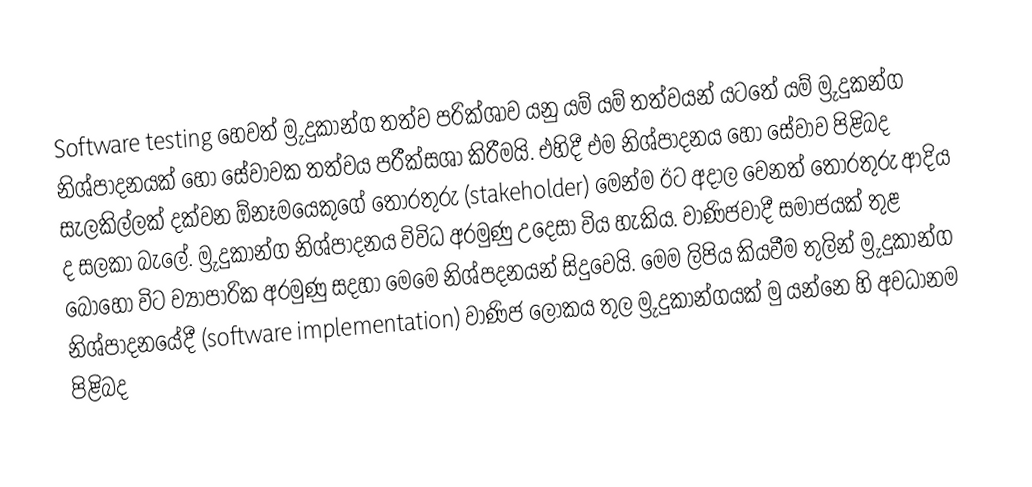
Software testing හෙවත් ම්‍රුදුකාන්ග තත්ව පරික්ශාව යනු යම් යම් තත්වයන් යටතේ යම් ම්‍රුදුකන්ග නිශ්පාදනයක් හෝ සේවාවක තත්වය පරීක්සශා කිරීමයි. එහිදී එම නිශ්පාදනය හෝ සේවාව පිළිබද සැලකිල්ලක් දක්වන ඕනෑමයෙකුගේ තොරතුරු (stakeholder) මෙන්ම ඊට අදාල වෙනත් තොරතුරු ආදිය ද සලකා බැලේ. ම්‍රුදුකාන්ග නිශ්පාදනය විවිධ අරමුණු උදෙසා විය හැකිය. වාණිජවාදී සමාජයක් තුළ බොහෝ විට ව්‍යාපාරික අරමුණු සදහා මෙමෙ නිශ්පදනයන් සිදුවෙයි. මෙම ලිපිය කියවීම තුලින් ම්‍රුදුකාන්ග නිශ්පාදනයේදී (software implementation) වාණිජ ලෝකය තුල ම්‍රුදුකාන්ගයක් මු යන්නෙ හි අවධානම පිළිබද